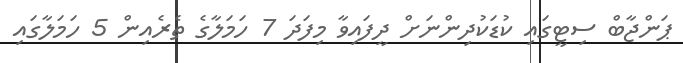
ޕަންޖާބް ސިޓީގައި ކުޑަކުދިންނަށް ދީފައިވާ މިފަދަ 7 ހަމަލާގެ ތެރެއިން 5 ހަމަލާގައި